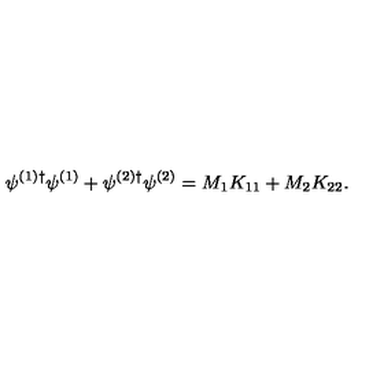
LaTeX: \psi ^ { ( 1 ) \dag } \psi ^ { ( 1 ) } + \psi ^ { ( 2 ) \dag } \psi ^ { ( 2 ) } = M _ { 1 } K _ { 1 1 } + M _ { 2 } K _ { 2 2 } .